Civil Veterinary Department. United Provinces 1923-31 - 1923-1931
Year: 1923
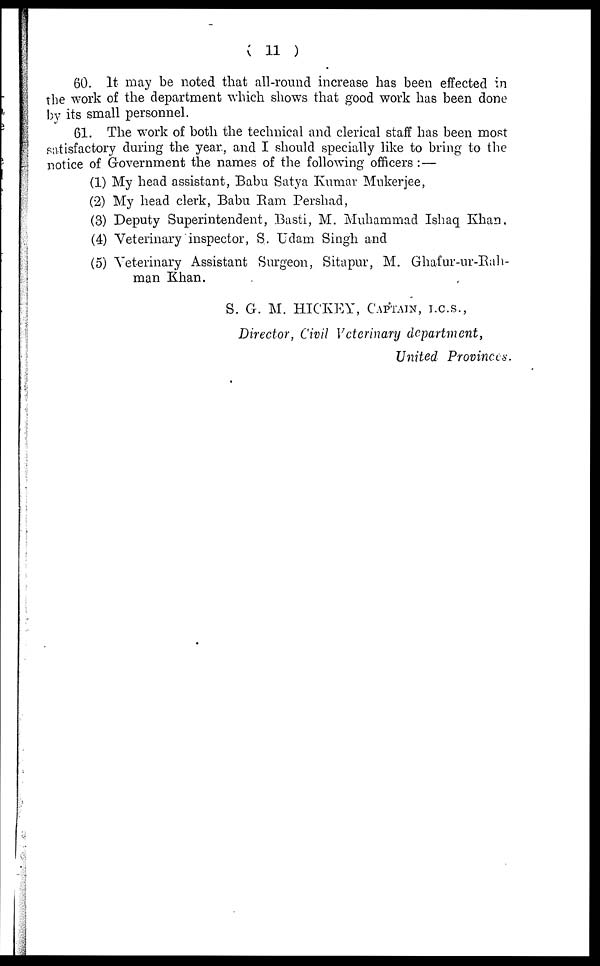
( 11 )
60. It may be noted that all-round increase has been effected in
the work of the department which shows that good work has been done
by its small personnel.
61. The work of both the technical and clerical staff has been most
satisfactory during the year., and I should specially like to bring to the
notice of Government the names of the following officers:—
(1) My head assistant, Babu Satya Kumar Mukerjee,
(2) My head clerk, Babu Bam Pershad,
(3) Deputy Superintendent, Basti, M. Muhammad Ishaq Khan,
(4) Veterinary inspector, S. Udam Singh and
(5) Veterinary Assistant Surgeon, Sitapur, M. Ghafur-ur-Rah-
man Khan.
S. G. M. HICKEY, CAPTAIN, I.C.S.,
Director, Civil Veterinary department,
United Provinces.